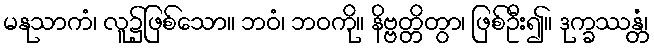
မနုသာကံ၊ လူ၌ဖြစ်သော။ ဘဝံ၊ ဘဝကို။ နိဗ္ဗတ္တိတွာ၊ ဖြစ်ဦး၍။ ဒုက္ခဿန္တံ၊